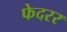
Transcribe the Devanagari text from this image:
फेदरर